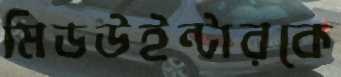
মিডউইন্টারকে